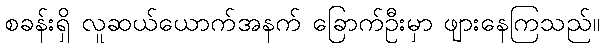
စခန်းရှိ လူဆယ်ယောက်အနက် ခြောက်ဦးမှာ ဖျားနေကြသည်။